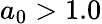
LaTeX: a_{0}>1.0